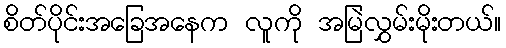
စိတ်ပိုင်းအခြေအနေက လူကို အမြဲလွှမ်းမိုးတယ်။